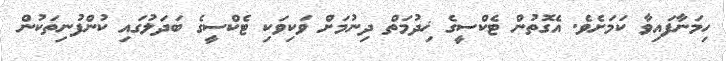
ހިމަނާފައިވާ ކަމަށެވެ. އެގޮތުން ޓެކްސީގެ ޚިދުމަތް ދިނުމަށް ވަކިވަކި ޓެކްސީގެ ބަދަލުގައި ކުންފުނިތަކުން